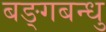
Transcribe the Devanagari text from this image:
बङ्गबन्धु